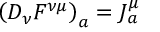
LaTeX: \left( D _ { \nu } F ^ { \nu \mu } \right) _ { a } = J _ { a } ^ { \mu }